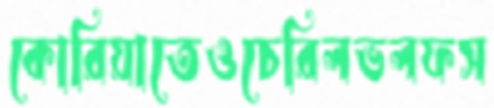
কোরিয়াতেওচেরিলভলফস